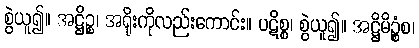
စွဲယူ၍။ အဋ္ဌိဉ္စ၊ အရိုးကိုလည်းကောင်း။ ပဋိစ္စ၊ စွဲယူ၍။ အဋ္ဌိမိဉ္စံစ၊